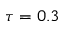
\tau = 0 . 3